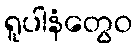
ရူပါနံတွေဝ